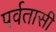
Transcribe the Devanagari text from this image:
पर्वतासी